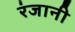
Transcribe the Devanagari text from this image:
रंजानी